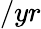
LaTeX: /yr